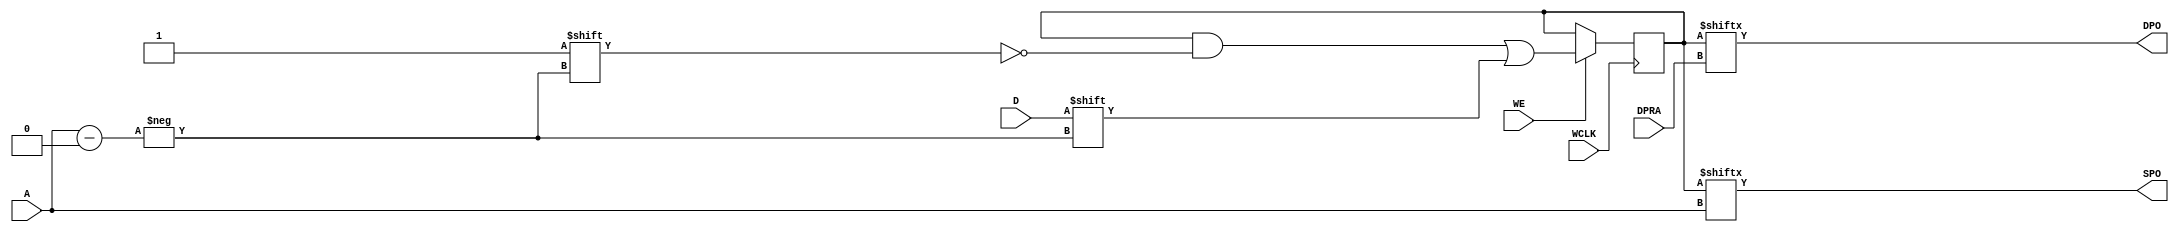
`ifdef verilator3
`else
`timescale 1 ps / 1 ps
`endif
//
// RAM256X1D primitive for Xilinx FPGAs
// Compatible with Verilator tool (www.veripool.org)
// Copyright (c) 2019-2022 Frdric REQUIN
// License : BSD
//

/* verilator coverage_off */
module RAM256X1D
#(
    parameter [255:0] INIT = 256'h0,
    parameter   [0:0] IS_WCLK_INVERTED = 1'b0
)
(
    // Write clock
    input  wire       WCLK,
    // Write enable
    input  wire       WE,
    // Read / Write address
    input  wire [7:0] A,
    // Read address
    input  wire [7:0] DPRA,
    // Data in
    input  wire       D,
    // Data out
    output wire       SPO,
    output wire       DPO
);
    // 256 x 1-bit Select RAM
    reg  [255:0] _r_mem;
    
    // Power-up value
    initial begin : INIT_STATE
        _r_mem = INIT;
    end
    
    // Synchronous memory write
    generate
        if (IS_WCLK_INVERTED) begin : GEN_WCLK_NEG
            always @(negedge WCLK) begin : MEM_WRITE
            
                if (WE) begin
                    _r_mem[A] <= D;
                end
            end
        end
        else begin : GEN_WCLK_POS
            always @(posedge WCLK) begin : MEM_WRITE
            
                if (WE) begin
                    _r_mem[A] <= D;
                end
            end
        end
    endgenerate
    
    // Asynchronous memory read
    assign SPO = _r_mem[A];
    assign DPO = _r_mem[DPRA];

endmodule
/* verilator coverage_on */